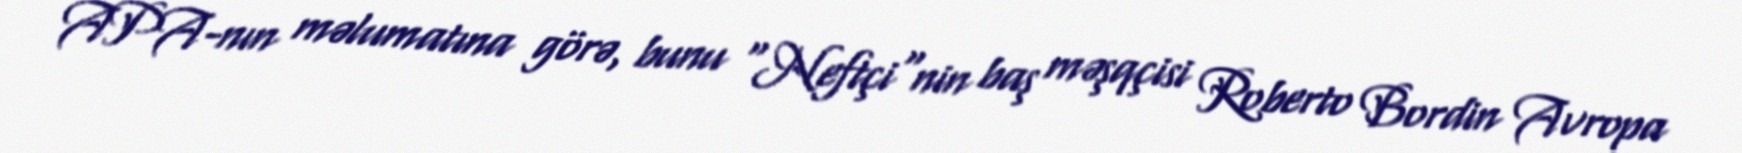
APA-nın məlumatına görə, bunu "Neftçi"nin baş məşqçisi Roberto Bordin Avropa